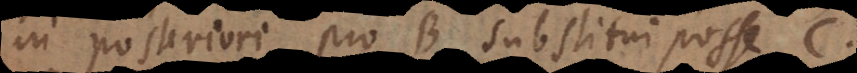
in posteriori pro B substitui posse C,